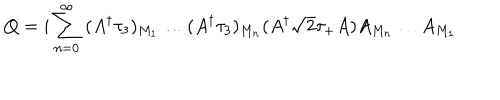
Q = i \sum _ { n = 0 } ^ { \infty } \; ( A ^ { \dagger } \tau _ { 3 } ) _ { M _ { 1 } } \ldots ( A ^ { \dagger } \tau _ { 3 } ) _ { M _ { n } } ( A ^ { \dagger } { \sqrt 2 } \tau _ { + } A ) A _ { M _ { n } } \ldots A _ { M _ { 1 } }